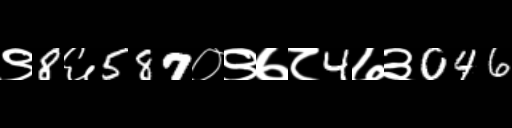
Text: ९8६587०९७८4७३046